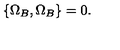
\{ \Omega _ { B } , \Omega _ { B } \} = 0 .